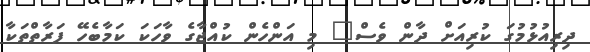
ދިރިއުޅުމުގަ ކުރިއަށް ދާން ވެސް" މި އަންހެން ކުއްޖާގެ ވާހަކަ ކަމާބެހޭ ފަރާތްތަކާ